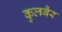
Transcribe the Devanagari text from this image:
कुलबैर